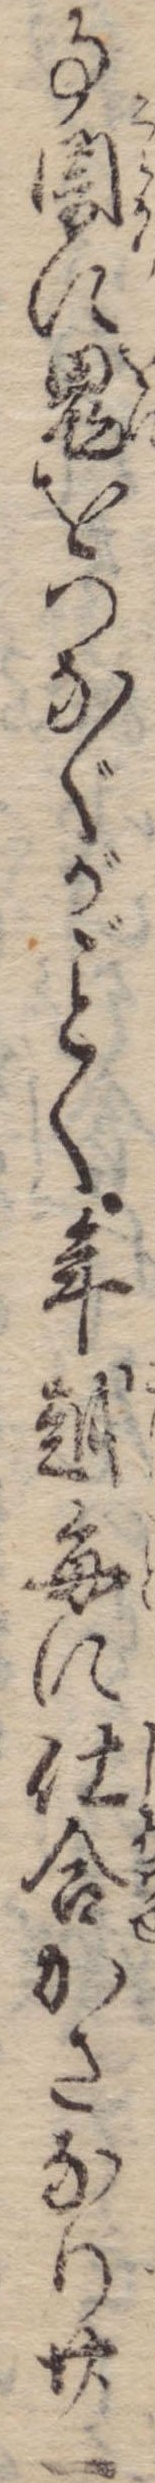
事闇に鬼をつなぐがく年越毎に仕合かさなり廿一